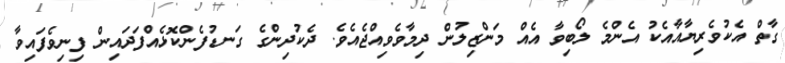
ގާތް އެކުވެރިޔާއާއެކު އެންމެ ލޯބިވާ އެއް މަންޒިލުން ދިމާވެވިއްޖެއެވެ. ދެކުދިންގެ ގަނޑުފެންކޮޅެއްފަދައިން ފިނިވެފައިވާ